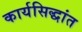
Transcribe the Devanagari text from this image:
कार्यसिद्धांत